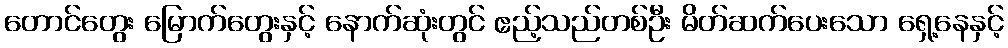
တောင်တွေး မြောက်တွေးနှင့် နောက်ဆုံးတွင် ဧည့်သည်တစ်ဦး မိတ်ဆက်ပေးသော ရှေ့နေနှင့်